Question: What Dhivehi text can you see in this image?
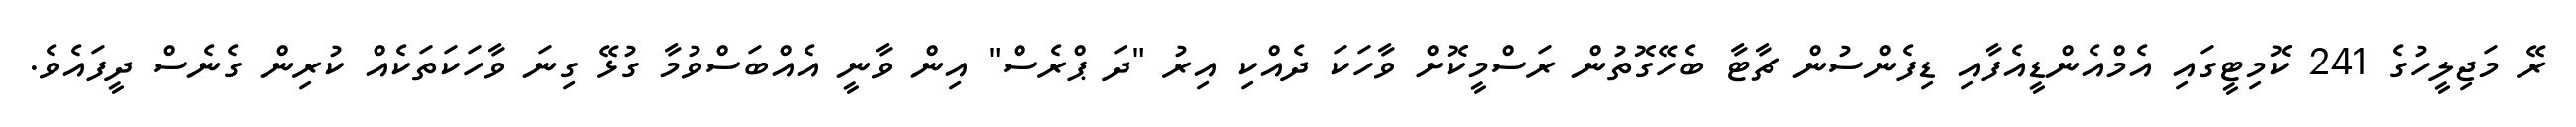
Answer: ރޭ މަޖިލީހުގެ 241 ކޮމިޓީގައި އެމްއެންޑީއެފާއި ޑިފެންސުން ޗާޓާ ބެހޭގޮތުން ރަސްމީކޮށް ވާހަކަ ދެއްކި އިރު "ދަ ޕްރެސް" އިން ވާނީ އެއްބަސްވުމާ ގުޅޭ ގިނަ ވާހަކަތަކެއް ކުރިން ގެނެސް ދީފައެވެ.